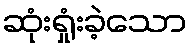
ဆုံးရှုံးခဲ့သော